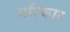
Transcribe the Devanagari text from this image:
मरिकार